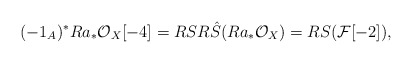
\begin{align*}(-1_A)^*Ra_*\mathcal{O}_X[-4]=RSR\hat{S}(Ra_*\mathcal{O}_X)=RS(\mathcal{F}[-2]),\end{align*}